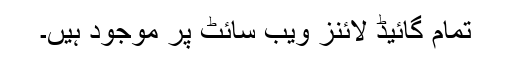
تمام گائیڈ لائنز ویب سائٹ پر موجود ہیں۔